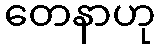
တေနာဟု